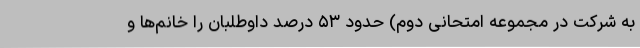
به شرکت در مجموعه امتحانی دوم) حدود ۵۳ درصد داوطلبان را خانم‌ها و